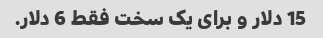
15 دلار و برای یک سخت فقط 6 دلار.